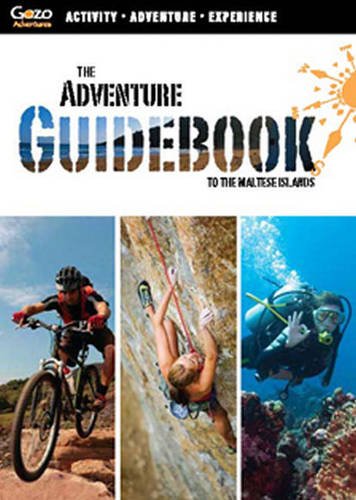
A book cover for The Adventure Guidebook to the Maltese Islands: Malta, Gozo & Comino; Xavier Hancock; Travel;